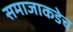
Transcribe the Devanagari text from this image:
समाजाकडेच